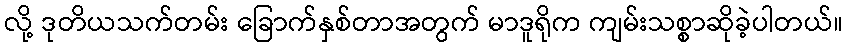
လို့ ဒုတိယသက်တမ်း ခြောက်နှစ်တာအတွက် မာဒူရိုက ကျမ်းသစ္စာဆိုခဲ့ပါတယ်။